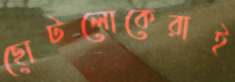
ছোটলোকেরাই